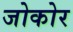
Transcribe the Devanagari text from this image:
जोकोर